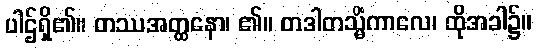
ပါဌ်ရှိ၏။ တဿအတ္ထနော၊ ၏။ တဒါတသ္မိံကာလေ၊ ထိုအခါ၌။